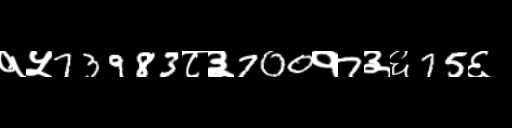
Text: १५73983८३700१7३६75६